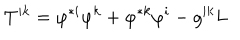
T ^ { i k } = \varphi ^ { \ast i } \varphi ^ { k } + \varphi ^ { \ast k } \varphi ^ { i } - g ^ { i k } L